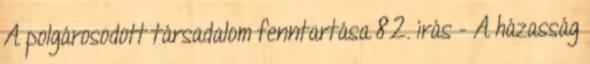
A polgárosodott társadalom fenntartása 82. írás - A házasság